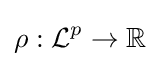
\rho :{\mathcal {L}}^{p}\to \mathbb {R}